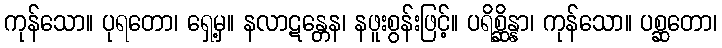
ကုန်သော။ ပုရတော၊ ရှေ့မှ။ နလာဋန္တေန၊ နဖူးစွန်းဖြင့်။ ပရိစ္ဆိန္နာ၊ ကုန်သော။ ပစ္ဆတော၊